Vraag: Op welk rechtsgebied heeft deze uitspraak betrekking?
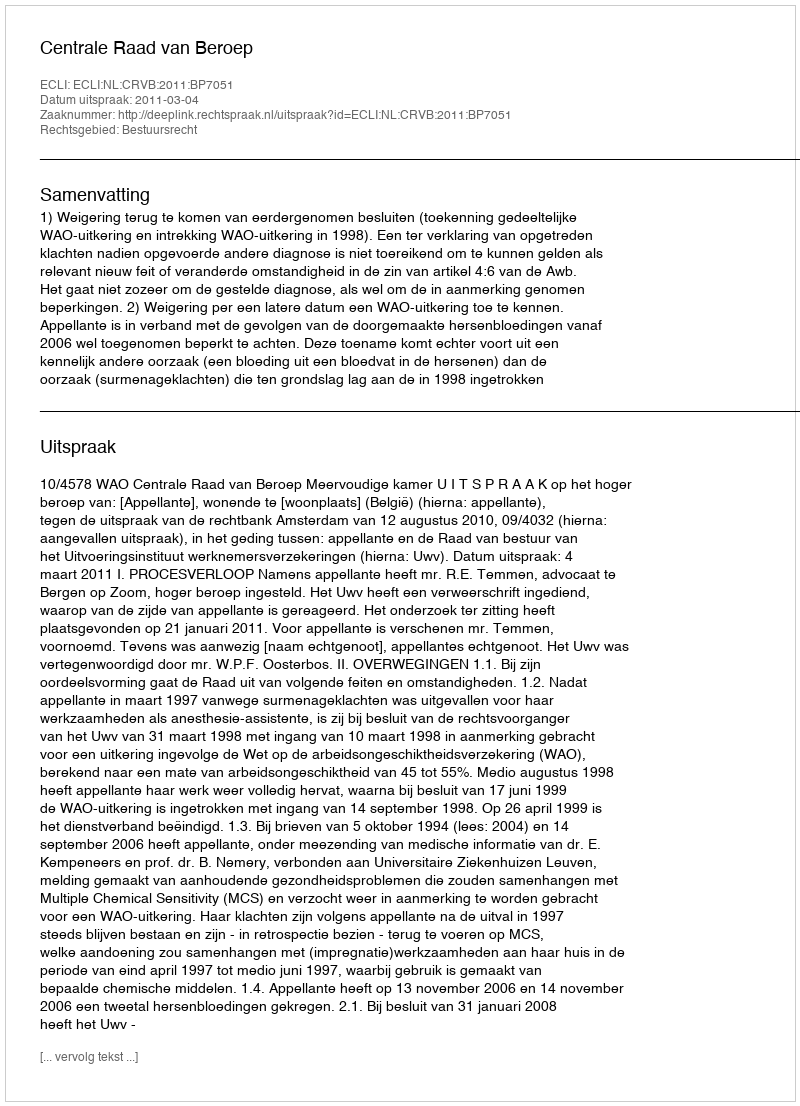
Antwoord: Bestuursrecht